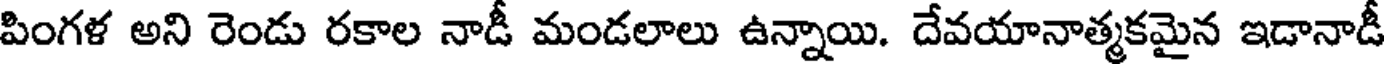
పింగళ అని రెండు రకాల నాడీ మండలాలు ఉన్నాయి. దేవయానాత్మకమైన ఇడానాడీ